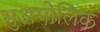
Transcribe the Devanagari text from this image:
भुअगोलिक